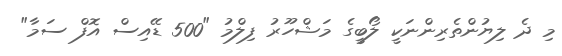
މި ދެ ލިޔުންތެރިންނަކީ ލޯބީގެ މަޝްހޫރު ފިލްމު "500 ޑޭއިސް އޮފް ސަމާ"